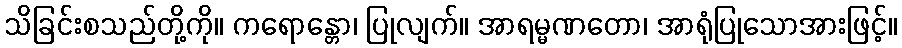
သိခြင်းစသည်တို့ကို။ ကရောန္တော၊ ပြုလျက်။ အာရမ္မဏတော၊ အာရုံပြုသောအားဖြင့်။